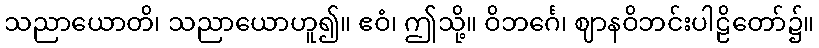
သညာယောတိ၊ သညာယောဟူ၍။ ဧဝံ၊ ဤသို့။ ဝိဘင်္ဂေ၊ ဈာနဝိဘင်းပါဠိတော်၌။